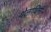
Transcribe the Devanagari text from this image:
थेलाथिनी